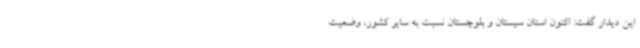
این دیدار گفت: اکنون استان سیستان و بلوچستان نسبت به سایر کشور، وضعیت